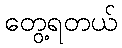
တွေ့ရတယ်